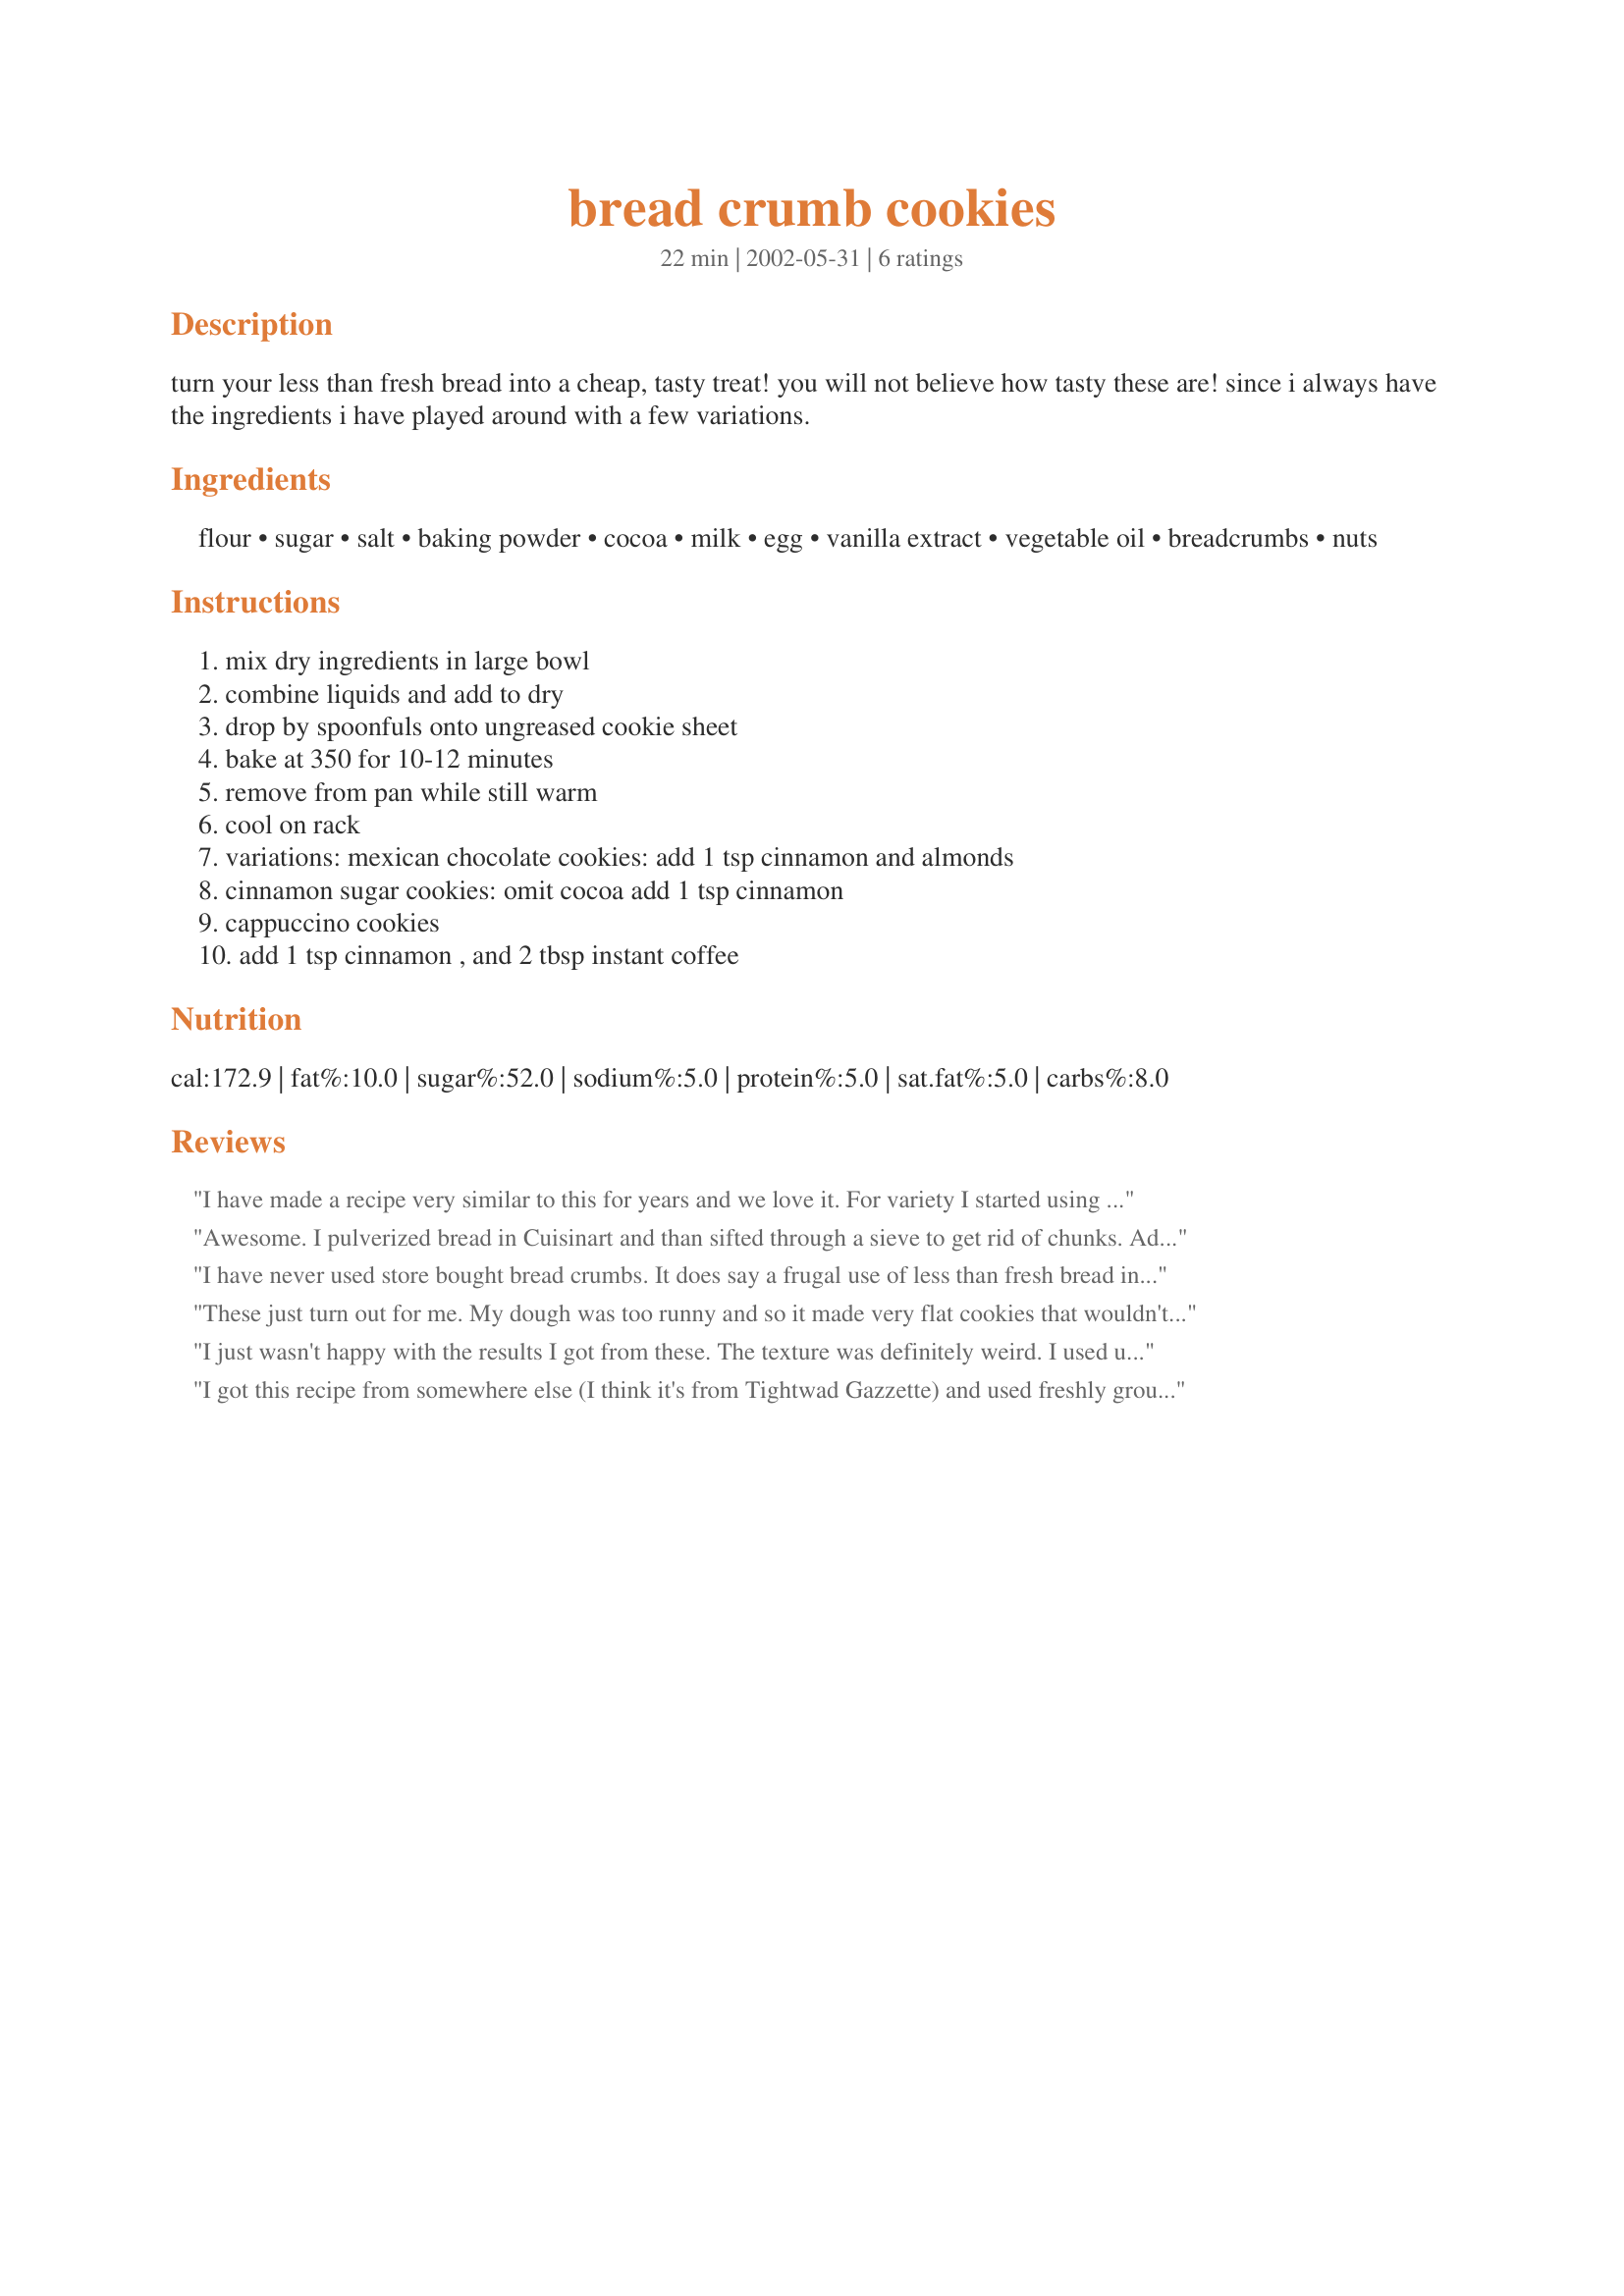
bread crumb cookies
Preparation time: 22 minutes

turn your less than fresh bread into a cheap, tasty treat! you will not believe how tasty these are! since i always have the ingredients i have played around with a few variations.

Ingredients:
flour, sugar, salt, baking powder, cocoa, milk, egg, vanilla extract, vegetable oil, breadcrumbs, nuts

Steps:
mix dry ingredients in large bowl, combine liquids and add to dry, drop by spoonfuls onto ungreased cookie sheet, bake at 350 for 10-12 minutes, remove from pan while still warm, cool on rack, variations: mexican chocolate cookies: add 1 tsp cinnamon and almonds, cinnamon sugar cookies: omit cocoa add 1 tsp cinnamon, cappuccino cookies, add 1 tsp cinnamon , and 2 tbsp instant coffee

Reviews:
I have made a recipe very similar to this for years and we love it. For variety I started using pretzel crumbs as the crumbs and we love the salty/chocolatey combo. I have also used crused cereal with success. I used melted shortening but will move to oil the next time I make these. A wonderful use of leftovers!
Awesome. I pulverized bread in Cuisinart and than sifted through a sieve to get rid of chunks. Added 1\2 cup of mini chocolate chips. Substituted 2 tablespoon of hills brother coffee mocha powder for some of the cocoa ( total 3rd cup between the two). Batter is thick. I hand rolled into balls and then flattened by hand. Made about 36 cookies. Awesome. Very chewey, like eating brownies.
 I have never used store bought bread crumbs. It does say a frugal use of less than fresh bread in the description. FYI-They do make a dense, chewy, brownie texture cookie.
These just turn out for me. My dough was too runny and so it made very flat cookies that wouldn't come off the cookie sheet. Flavor was good though.
I just wasn't happy with the results I got from these. The texture was definitely weird. I used up a canister of packaged bread crumbs, and I am pretty sure that was the problem. (I am starring the recipe, because I'm sure I am not the only one for whom that is the first thing that comes to mind when reading "bread crumbs.") If you are naturally frugal and want to use homemade fresh breadcrumbs in this, it is worth a look. Otherwise, I would skip it.
I got this recipe from somewhere else (I think it's from Tightwad Gazzette) and used freshly ground w.w. pastry flour, w.w. homemade bread crumbs, Sucanat and coconut oil. They don't spread at all, but they are very good - like a previous reviewer said, chewy brownie like texture. I will try adding choc. chips next. It took 15-17 minutes to bake. The family liked them. Thanks for posting!
